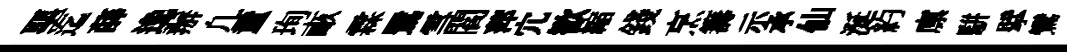
堊迄薛𨓜辦凢童珣畞霖鷺雪閻萍宂歓縮錢烹籌示承仙涎約廪駢擘鸞